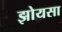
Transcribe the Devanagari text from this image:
झोयसा